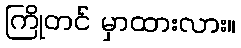
ကြိုတင် မှာထားလား။